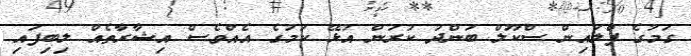
ގަމުގެ ފްލައިން ސްކޫލް ބަންދު ކުރަން އުޅޭ ކަމުގެ އެއްވެސް އިޝާރާތެއްް ލިބިފައި